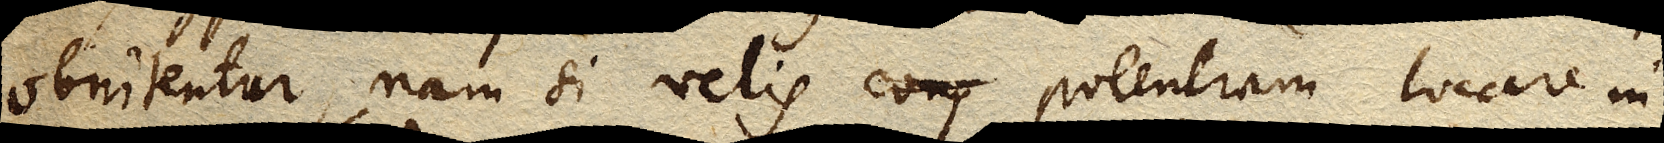
obnitentur, nam si velis corp potentiam locare in